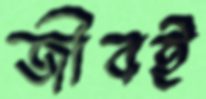
জীবই